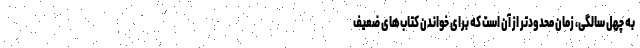
به چهل سالگی، زمان محدودتر از آن است که برای خواندن کتاب‌های ضعیف